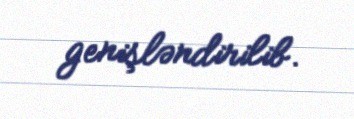
genişləndirilib.